Triennial report on the lunatic asylums in the province of Eastern Bengal and Assam - 1903-1911
Year: 1903
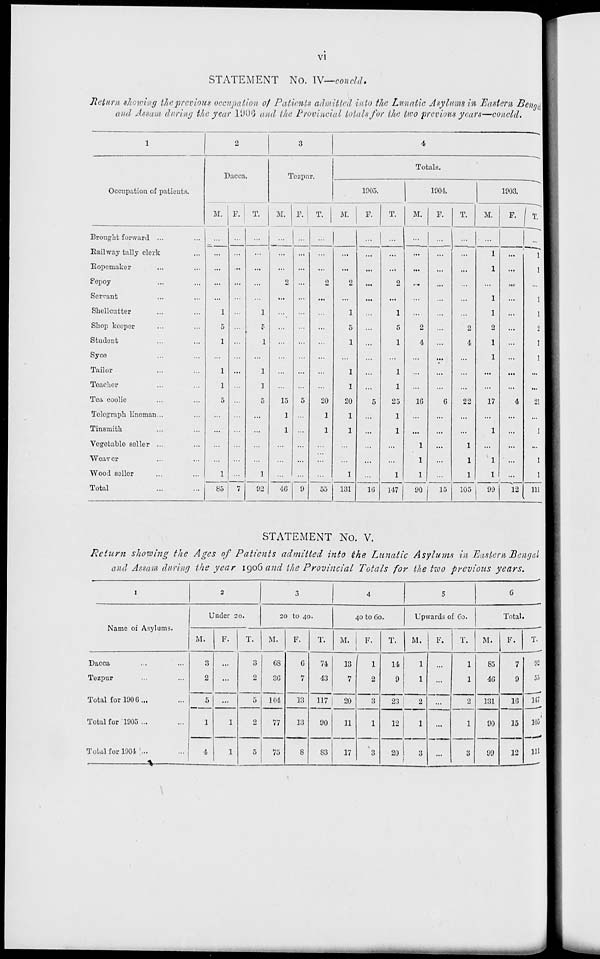
vi
STATEMENT No. IV—concld.
Return, showing the previous occupation of Patients admitted into the Lunatic Asylums in Eastern Bengal
and Assam during the year 1906 and the Provincial totals for the two previous years—concld.
1
Occupation of patients.
Brought forward ... ...
Railway tally clerk ...
Ropemaker ... ...
Sepoy ... ...
Servant ... ...
Shellcutter ... ...
Shop keeper ... ...
Student ... ...
Syce ... ...
Tailor ... ...
Teacher ... ...
Tea coolie ... ...
Telegraph lineman... ...
Tinsmith ... ...
Vegetable seller ... ...
Weaver ... ...
Wood seller ... ...
Total ... ...
2
Dacca.
M.
...
...
...
...
...
1
5
1
...
1
1
5
...
...
...
...
1
85
F.
...
...
...
...
...
...
...
...
...
...
...
...
...
...
...
...
...
7
T.
...
...
...
...
...
1
5
1
...
1
1
5
...
...
...
...
1
92
3
Tezpur.
M.
...
...
...
2
...
...
...
...
...
...
...
15
1
1
...
...
...
46
F.
...
...
...
...
...
...
...
...
...
...
...
5
...
...
...
...
...
9
T.
...
...
...
2
...
...
...
...
...
...
...
20
1
1
...
...
...
55
4
Totals.
1905.
M.
...
...
...
2
...
1
5
1
...
1
1
20
1
1
...
...
1
131
F.
...
...
...
...
...
...
...
...
...
...
...
5
...
...
...
...
...
16
T.
...
...
...
2
...
1
5
1
...
1
1
25
1
1
...
...
1
147
1904.
M.
...
...
...
....
...
...
2
4
...
...
...
16
...
...
1
1
1
90
F.
...
...
...
...
...
...
...
...
...
...
...
6
...
...
...
...
...
15
T.
...
...
...
...
...
...
2
4
...
...
...
22
...
...
1
1
1
105
1903.
M.
...
1
1
...
1
1
2
1
1
...
...
17
...
1
...
1
1
99
F.
...
...
...
...
...
...
...
...
...
...
...
4
...
...
...
...
...
12
T.
...
1
1
...
1
1
2
1
1
...
...
21
...
1
...
1
1
111
STATEMENT No. V.
Return showing the Ages of Patients admitted into the Lunatic Asylums in Eastern Bengal
and Assam during the year 1906 and the Provincial Totals for the two previous
years.
1
Name of Asylums.
Dacca ... ...
Tezpur ... ...
Total for 1906 ... ...
Total for 1905 ... ...
Total for 1904 ... ...
2
Under 20.
M.
3
2
5
1
4
F.
...
...
...
1
1
T.
3
2
5
2
5
3
20 to 40.
M.
68
36
104
77
75
F.
6
7
13
13
8
T.
74
43
117
90
83
4
40 to 60.
M.
13
7
20
11
17
F.
1
2
3
1
3
T.
14
9
23
12
20
5
Upwards of 60.
M.
1
1
2
1
3
F.
...
...
...
...
...
T.
1
1
2
1
3
6
Total.
M.
85
46
131
90
99
F.
7
9
16
15
12
T.
92
55
147
105
111